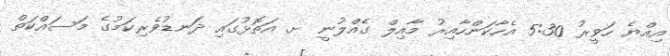
އިއްޔެ ހަވީރު 5:30 އެހާކަންހާއިރު މާއިލް ގެއްލުނީ ށ. އަތޮޅުގައި ދަނޑުވެރިކަމުގެ މަސައްކަތް